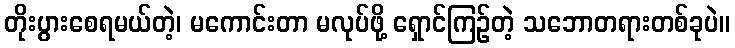
တိုးပွားစေရမယ်တဲ့၊ မကောင်းတာ မလုပ်ဖို့ ရှောင်ကြဉ်တဲ့ သဘောတရားတစ်ခုပဲ။